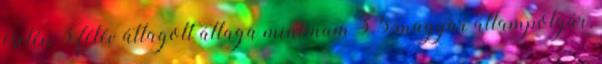
esetén 3 félév átlagolt átlaga minimum 3.5 magyar állampolgár,